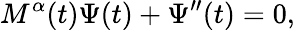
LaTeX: M^{\alpha}(t)\Psi(t)+\Psi^{\prime\prime}(t)=0,